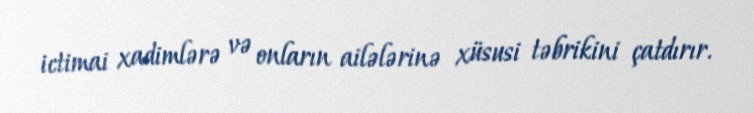
ictimai xadimlərə və onların ailələrinə xüsusi təbrikini çatdırır.